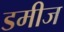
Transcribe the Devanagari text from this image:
डमीज